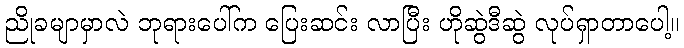
ညိုခမျာမှာလဲ ဘုရားပေါ်က ပြေးဆင်း လာပြီး ဟိုဆွဲဒီဆွဲ လုပ်ရှာတာပေါ့။